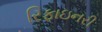
રિફાઇનરી